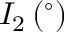
I _ { 2 } \, ( ^ { \circ } )